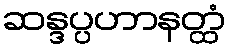
ဆန္ဒပ္ပဟာနတ္ထံ